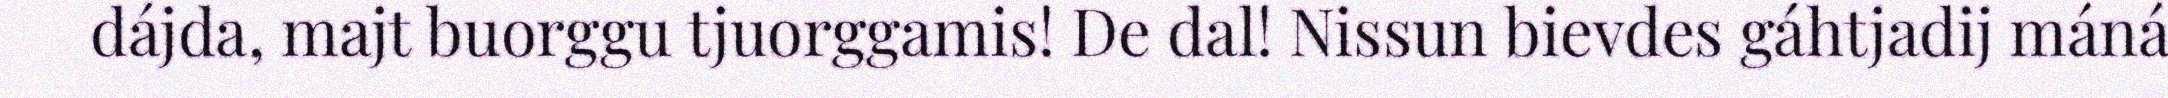
dájda, majt buorggu tjuorggamis! De dal! Nissun bievdes gáhtjadij máná